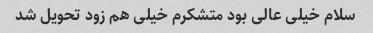
سلام خیلی عالی بود متشکرم خیلی هم زود تحویل شد